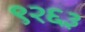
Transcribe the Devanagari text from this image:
९२६३